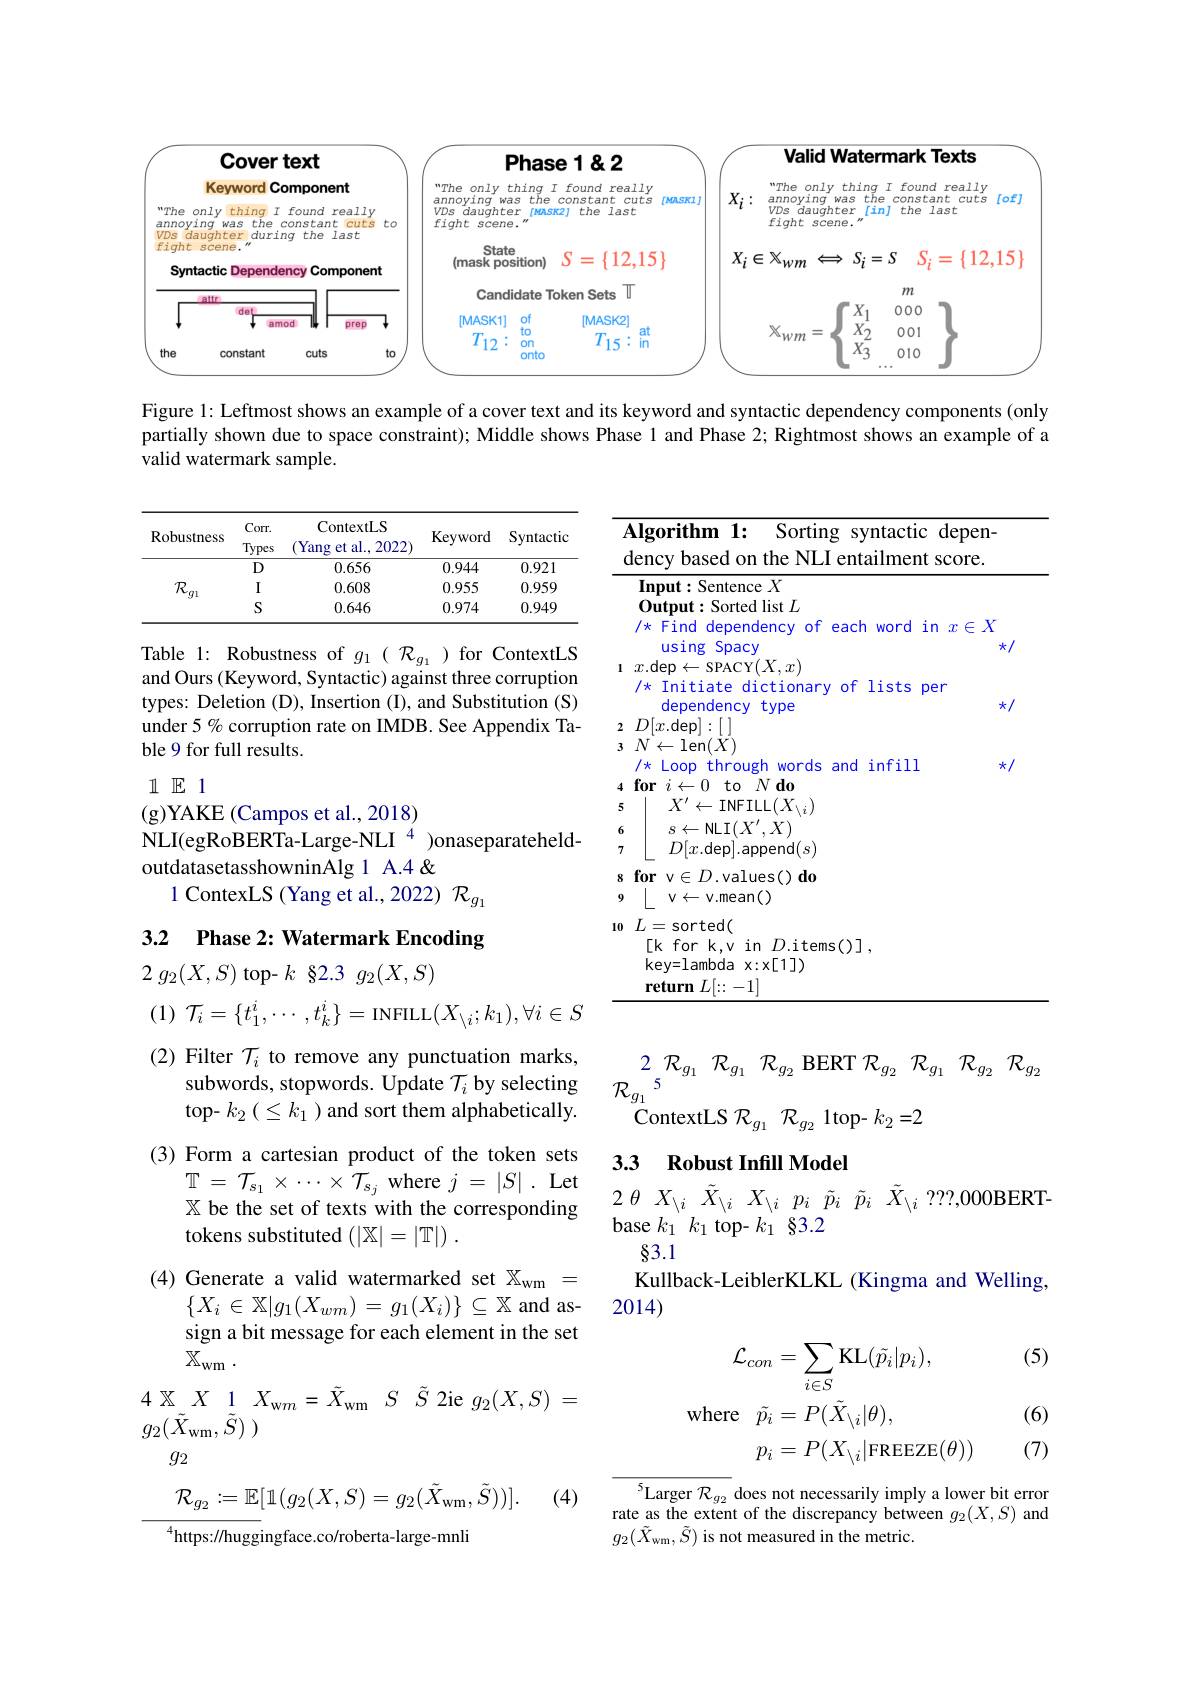
<table>
	<tbody>
		<tr>
			<th>Cover text</th>
			<th>Cover text</th>
			<th>$P$</th>
			<th>se1&2</th>
			<th>Valid Watermark Texts</th>
		</tr>
		<tr>
			<td>VDS daughter during the last fight scene." Syntactic Dependency Component</td>
			<td>2ter $dur1ng$ 1 the last ane. it ic Dependency 11 Component</td>
			<td>State (mask pos</td>
			<td>$S=$ $\{12,15\}$</td>
			<td>$X_{i}\in\mathbb{X}_{Wm}\iff S_{i}=S$ $S_i=\{12,15$</td>
		</tr>
		<tr>
			<td>det amod prep</td>
			<td>det amod prep</td>
			<td>IMASK1</td>
			<td>[MASK2]</td>
			<td>000C</td>
		</tr>
		<tr>
			<td>the constant cuts to</td>
			<td>constant cuts L</td>
			<td> </td>
			<td> </td>
			<td>1</td>
		</tr>
	</tbody>
</table>

Figure 1: Leftmost shows an example of a cover text and its keyword and syntactic dependency components (only partially shown due to space constraint); Middle shows Phase l and Phase 2; Rightmost shows an example of a valid watermark sample.

<table>
	<tbody>
		<tr>
			<th> </th>
			<th>$Corr.$</th>
			<th>ContextLS</th>
			<th> </th>
			<th> </th>
		</tr>
		<tr>
			<th>Robustness</th>
			<th>$Corr.$ Types</th>
			<th>ContextLS Yang $et$ al., 2022</th>
			<th>Keyword</th>
			<th>Syntactic</th>
		</tr>
		<tr>
			<th>KODUNIICS</th>
			<th>Types</th>
			<th>Yang et al., 2022</th>
			<th>Neyworu</th>
			<th>Symen</th>
		</tr>
		<tr>
			<td rowspan="3">$\mathcal{R}_{,}$ '$g$l 1 1</td>
			<td>D</td>
			<td>0.656</td>
			<td>0.944</td>
			<td>0.921</td>
		</tr>
		<tr>
			<td>$I$</td>
			<td>0.608</td>
			<td>0.955</td>
			<td>0.959</td>
		</tr>
		<tr>
			<td>S</td>
			<td>0.646</td>
			<td>0.974</td>
			<td>0.949</td>
		</tr>
	</tbody>
</table>

Table 1: Robustness of $g_1(\mathcal{R}_{g_1})$ for ContextLS and Ours (Keyword, Syntactic) against three corruption types: Deletion (D), Insertion (I), and Substitution (S) under 5% corruption rate on IMDB. See Appendix Table 9 for full results.

<table>
	<tbody>
		<tr>
			<th> </th>
			<th>lgorithm 1: Sorting syntactic depen- ency based on the NLI entailment score.</th>
		</tr>
		<tr>
			<th> </th>
			<th>lgorithm 1: Sorting syntactic depen- ency based on the NLI entailment score. Input: Sentence $X$ Output: Sorted list $L$ $/\star$ Find dependency of each word in $x\in X$ using Spacy 火$k/$</th>
		</tr>
		<tr>
			<th> </th>
			<th>$\operatorname{Input}:$Sentence $X$ Output: Sorted list $L$ $/\star$ Find dependency of each word in $x\in X$ lising e Spacw 火</th>
		</tr>
		<tr>
			<td>1</td>
			<td>$x.$dep$\leftarrow$SPACY$(X,x)$ /* Initiate dictionary of lists per har $2c$</td>
		</tr>
		<tr>
			<td>2 3</td>
			<td>dependency type 水 $D[x.$dep]:[ ] $N\leftarrow$len$(X)$</td>
		</tr>
		<tr>
			<td>3</td>
			<td>$N\leftarrow$len$(X)$ /* Loop through words and infill 火/</td>
		</tr>
		<tr>
			<td>8 9</td>
			<td>$\textbf{racp}^{\text{rap}}$ ${\mathbf{1}}^{\mathbf{0}}$ [0,1] v$\in$D. values( ) do $v\leftarrow v.mean()$</td>
		</tr>
		<tr>
			<td>10</td>
			<td>$L=$sorted( [k for k,v in $D.$items()], key= lambda x: x[ 1] ) $\textbf{return }L| {: }- 1|$</td>
		</tr>
	</tbody>
</table>

$11\mathbb{E}1$
(g)YAKE (Campos et al., 2018)

NLI(egRoBERTa-Large-NLI$^{4}$)onaseparateheld-
outdatasetasshowninAlg 1 A.4 &
1 ContexLS (Yang et al.,2022) $\mathcal{R}_{g_1}$

### 3.2 $\textbf{Phase 2: Watermark Encoding}$

2 $g_{2}( X, S)$ top- $k$ 82.3 $g_{2}( X, S)$

2 ${\mathcal{R} }_{g_{1}}$ ${\mathcal{R} }_{g_{1}}$ ${\mathcal{R} }_{g_{2}}$ ${\mathcal{R} }_{g_{2}}$ ${\mathcal{R} }_{g_{1}}$ ${\mathcal{R} }_{g_{2}}$ ${\mathcal{R} }_{g_{2}}$
$\begin{array}{ll}{\mathrm{subwords,~stopwords.~Update~}\mathcal{T}_{i}}\\{\mathrm{top-~}k_{2}(<k_{1})\mathrm{~and~sort~them~alphabeticallv.~}}&{\mathcal{R}_{g_{1}}}\end{array}^{5}$
ContextLS $\mathcal{R}_{g_1}~\mathcal{R}_{g_2}~1$top- $k_2=2$

### 3.3 Robust Infill Model

(1) $\mathcal{T} _i= \{ t_1^i, \cdots , t_k^i\} =$INFILL$(X_\setminus i;k_1),\forall i\in S$ (2) Filter $\mathcal{T}_i$ to remove any punctuation marks,
top- $k_2$ $( \leq k_1$ ) and sort them alphabetically. (3) Form a cartesian product of the token sets
$\mathbb{T}=\mathcal{T}_{s_1}\times\cdots\times\mathcal{T}_{s_j}$ where $j=|S|.$ Let
$\mathbb{I} = I_{s_1}\times \cdots \times I_{s_j}$ whele $j= | S| .$ Let $2\theta$ $X_{\setminus i}$ $\tilde{X} _{\setminus i}$ $X_{\setminus i}$ $p_{i}$ $\tilde{p} _{i}$ $\tilde{X} _{\setminus i}$ ???,000BERT- $\mathbb{X}$ be the set of texts with the corresponding $2\theta$ $X_{\setminus i}$ $\tilde{X} _{\setminus i}$ $X_{\setminus i}$ $p_{i}$ $\tilde{p} _{i}$ $\tilde{p} _{i}$ $\tilde{X} _{\setminus i}$ ???,0000BERT- tokens su
tokens substituted $( | \mathbb{X} | = | \mathbb{T} | )$ .
(4) Generate a valid watermarked set $\mathbb{X}_\mathrm{wm}=$
$\{X_{i}\in\mathbb{X}|g_{1}(X_{wm})=g_{1}(X_{i})\}\subseteq\mathbb{X}$ and assign a bit message for each element in the set $\tilde{\mathbb{X} _\mathrm{wm}}$ .
4 $\mathbb{X}$ $X$ 1 $X_{\mathrm{w} m}= \tilde{X} _{\mathrm{wm}}$ $S$ $\tilde{S}$ 2ie $g_{2}( X, S)$ =
$g_{2}( \tilde{X} _{\mathrm{wm}}, \tilde{S} )$ )

83.1
Kullback-LeiblerKLKL (Kingma and Welling,
2014)

(5)
$$\begin{aligned}\mathcal{L}_{con}&=\sum_{i\in S}\mathrm{KL}(\tilde{p_{i}}|p_{i}),\\\mathrm{where}&\tilde{p_{i}}=P(\tilde{X_{\setminus i}}|\theta),\\&p_{i}=P(X_{\setminus i}|\mathrm{FREEZE}(\theta)\end{aligned}$$
(6)

$g_{2}$

(7)
$$\mathcal{R}_{g_2}:=\mathbb{E}[\mathbb{1}(g_2(X,S)=g_2(\tilde{X}_{\mathrm{wm}},\tilde{S}))].$$
(4)

$^{4}$https://huggingface.co/roberta-large-mnli

${^5\mathrm{Larger~}\mathcal{R}_{g_2}}$ does not necessarily imply a lower bit error rate as the extent of the discrepancy between $g_2(X,S)$ and $g_{2}(\tilde{X}_{\mathrm{wm}},\tilde{S})$ is not measured in the metric.